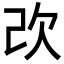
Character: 𣢇